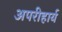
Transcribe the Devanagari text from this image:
अपरीहार्य